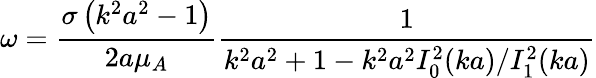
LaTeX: \omega={\frac{\sigma\left(k^{2}a^{2}-1\right)}{2a\mu_{A}}}{\frac{1}{k^{2}a^{2}+1-k^{2}a^{2}I_{0}^{2}(ka)/I_{1}^{2}(ka)}}